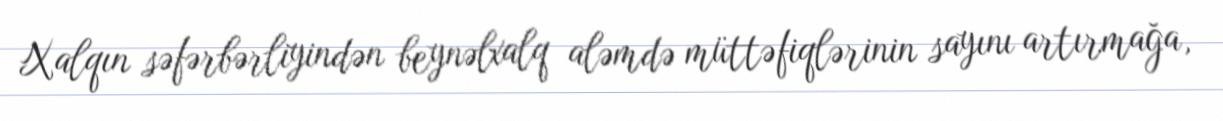
Xalqın səfərbərliyindən beynəlxalq aləmdə müttəfiqlərinin sayını artırmağa,